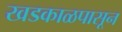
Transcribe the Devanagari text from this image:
खडकाळपासून